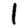
Digit: 1